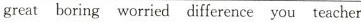
great boring worried difference you teacher